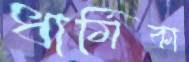
ধার্মিকা